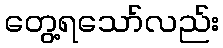
တွေ့ရသော်လည်း